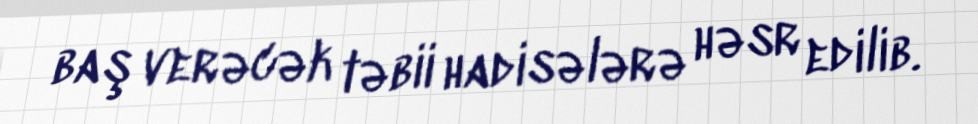
baş verəcək təbii hadisələrə həsr edilib.